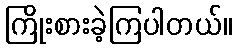
ကြိုးစားခဲ့ကြပါတယ်။